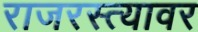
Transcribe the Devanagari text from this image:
राजरस्त्यावर